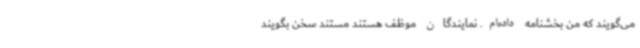
می‌گویند که من بخشنامه داده‌ام. نمایندگان موظف هستند مستند سخن بگویند